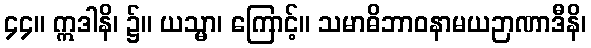
၄၄။ ဣဒါနိ၊ ၌။ ယသ္မာ၊ ကြောင့်။ သမာဓိဘာဝနာမယဉာဏာဒီနိ၊